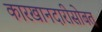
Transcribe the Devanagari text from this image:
कारखानदारीसोबत